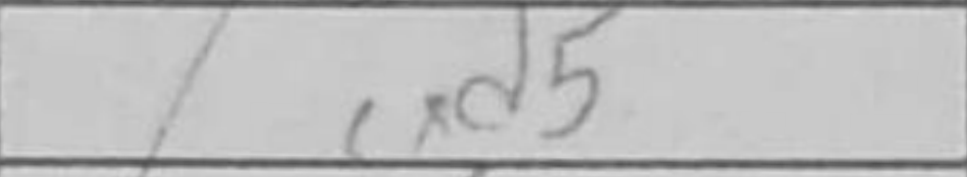
Transcription: cxd5